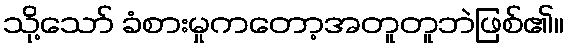
သို့သော် ခံစားမှုကတော့အတူတူဘဲဖြစ်၏။